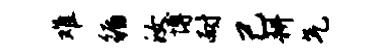
难循汝博耐己耕气